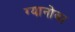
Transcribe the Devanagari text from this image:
ग्यानोबा